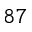
^ { 8 7 }